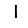
Digit: 1